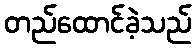
တည်ထောင်ခဲ့သည်